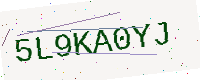
Text: 5L9KA0YJ